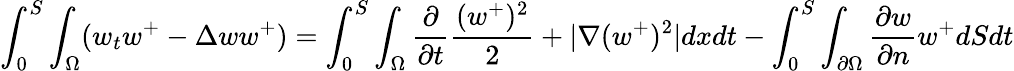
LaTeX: \int_{0}^{S}\int_{\Omega}(w_{t}w^{+}-\Delta{w}w^{+})=\int_{0}^{S}\int_{\Omega}\frac{\partial}{\partial{t}}\frac{(w^{+})^{2}}{2}+|\nabla(w^{+})^{2}|dxdt-\int_{0}^{S}\int_{\partial\Omega}\frac{\partial{w}}{\partial{n}}w^{+}dSdt